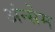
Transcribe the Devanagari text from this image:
अंन्सेम